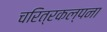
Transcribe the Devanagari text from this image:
चरित्रकल्पना